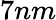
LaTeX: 7nm